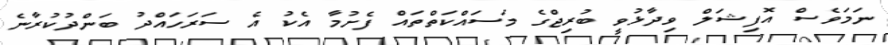
ނަމަވެސް އޮފިޝަލް ވިދާޅުވީ ބުރިޖްގެ މަސައްކަތްތައް ފެށުމާ އެކު އެ ސަރަހައްދު ބަންދުކުރާނެ